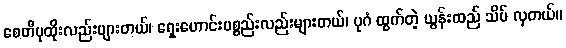
စေတီပုထိုးလည်းများတယ်၊ ရှေးဟောင်းပစ္စည်းလည်းများတယ်၊ ပုဂံ ထွက်တဲ့ ယွန်းထည် သိပ် လှတယ်။